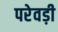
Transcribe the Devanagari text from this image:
परेवड़ी